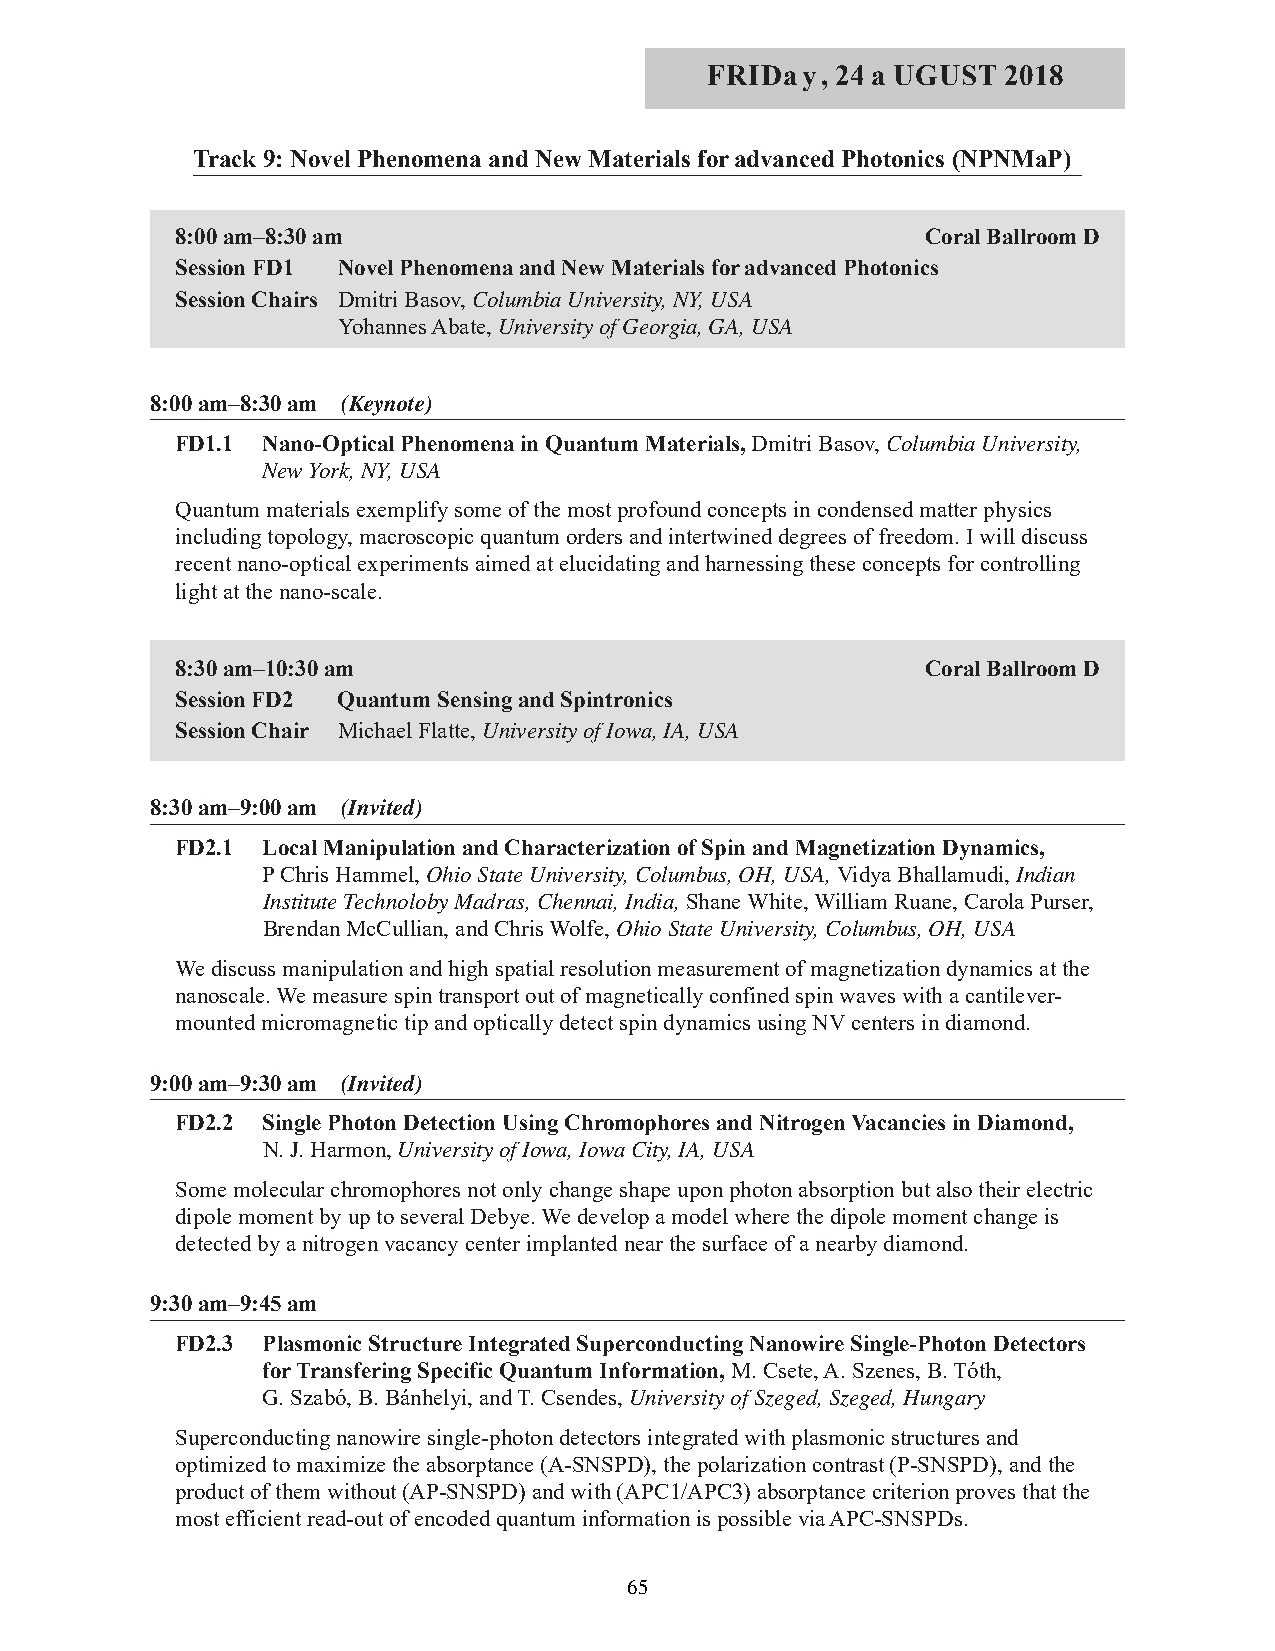
FRIDay, 24 a UGUST  2018
 Track 9: Novel Phenomena and New Materials for advanced Photonics (NPNMaP)
 8:00 am–8:30 am                                  Coral Ballroom D
 Session FD1 Novel Phenomena and New Materials for advanced Photonics
 Session Chairs Dmitri Basov, Columbia University, NY, USA
 Yohannes Abate, University of Georgia, GA, USA
 8:00 am–8:30 am (Keynote)
 FD1.1 Nano-Optical Phenomena in Quantum Materials, Dmitri Basov, Columbia University,
 New York, NY, USA
 Quantum materials exemplify some of the most profound concepts in condensed matter physics
 including topology, macroscopic quantum orders and intertwined degrees of freedom. I will discuss
 recent nano-optical experiments aimed at elucidating and harnessing these concepts for controlling
 light at the nano-scale.
 8:30 am–10:30 am                                 Coral Ballroom D
 Session FD2 Quantum Sensing and Spintronics
 Session Chair Michael Flatte, University of Iowa, IA, USA
 8:30 am–9:00 am (Invited)
 FD2.1 Local Manipulation and Characterization of Spin and Magnetization Dynamics,
 P Chris Hammel, Ohio State University, Columbus, OH, USA, Vidya Bhallamudi, Indian
 Institute Technoloby Madras, Chennai, India, Shane White, William Ruane, Carola Purser,
 Brendan McCullian, and Chris Wolfe, Ohio State University, Columbus, OH, USA
 We discuss manipulation and high spatial resolution measurement of magnetization dynamics at the
 nanoscale. We measure spin transport out of magnetically confined spin waves with a cantilever-
 mounted micromagnetic tip and optically detect spin dynamics using NV centers in diamond.
 9:00 am–9:30 am (Invited)
 FD2.2 Single Photon Detection Using Chromophores and Nitrogen Vacancies in Diamond,
 N. J. Harmon, University of Iowa, Iowa City, IA, USA
 Some molecular chromophores not only change shape upon photon absorption but also their electric
 dipole moment by up to several Debye. We develop a model where the dipole moment change is
 detected by a nitrogen vacancy center implanted near the surface of a nearby diamond.
 9:30 am–9:45 am
 FD2.3 Plasmonic Structure Integrated Superconducting Nanowire Single-Photon Detectors
 for Transfering Specific Quantum Information, M. Csete, A. Szenes, B. Tóth,
 G. Szabó, B. Bánhelyi, and T. Csendes, University of Szeged, Szeged, Hungary
 Superconducting nanowire single-photon detectors integrated with plasmonic structures and
 optimized to maximize the absorptance (A-SNSPD), the polarization contrast (P-SNSPD), and the
 product of them without (AP-SNSPD) and with (APC1/APC3) absorptance criterion proves that the
 most efficient read-out of encoded quantum information is possible via APC-SNSPDs.
 65